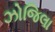
ઝોજિલા